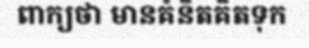
ពាក្យថា មានគំនិតគិតទុក